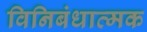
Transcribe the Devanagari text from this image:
विनिबंधात्मक